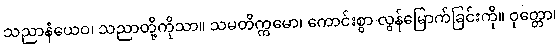
သညာနံယေဝ၊ သညာတို့ကိုသာ။ သမတိက္ကမော၊ ကောင်းစွာ လွန်မြောက်ခြင်းကို။ ဝုတ္တော၊